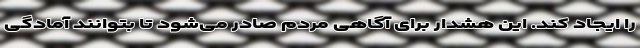
را ایجاد کند. این هشدار برای آگاهی مردم صادر می‌شود تا بتوانند آمادگی